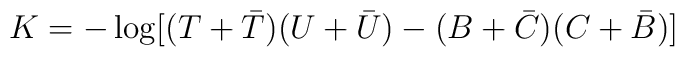
K= -\log[(T + {\bar T})(U+{\bar U}) -(B+ {\bar C})(C + {\bar B})]